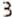
3